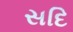
સદિ